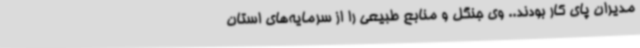
مدیران پای کار بودند.. وی جنگل و منابع طبیعی را از سرمایه‌های استان